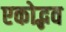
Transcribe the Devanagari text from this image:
एकोद्भव